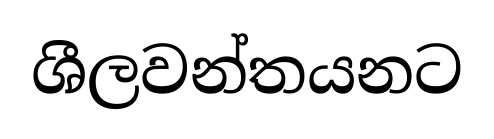
ශීලවන්තයනට